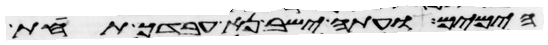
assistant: הימים ועתה ישב נא עבדך תחת